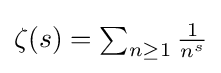
\zeta (s)=\textstyle \sum _{n\geq 1}{\frac {1}{n^{s}}}